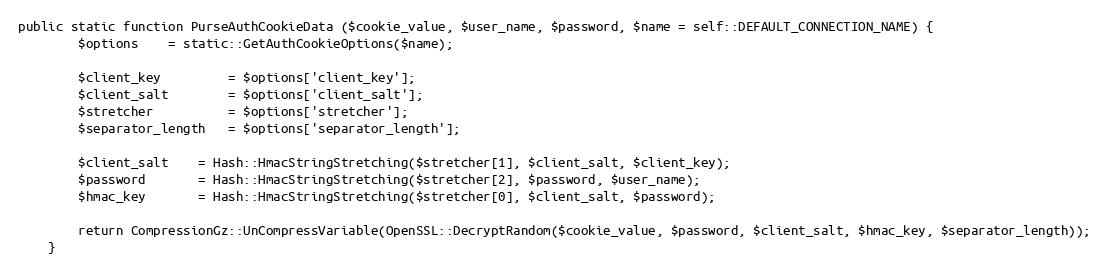
Language: PHP
public static function PurseAuthCookieData ($cookie_value, $user_name, $password, $name = self::DEFAULT_CONNECTION_NAME) {
		$options	= static::GetAuthCookieOptions($name);

		$client_key			= $options['client_key'];
		$client_salt		= $options['client_salt'];
		$stretcher			= $options['stretcher'];
		$separator_length	= $options['separator_length'];

		$client_salt	= Hash::HmacStringStretching($stretcher[1], $client_salt, $client_key);
		$password		= Hash::HmacStringStretching($stretcher[2], $password, $user_name);
		$hmac_key		= Hash::HmacStringStretching($stretcher[0], $client_salt, $password);

		return CompressionGz::UnCompressVariable(OpenSSL::DecryptRandom($cookie_value, $password, $client_salt, $hmac_key, $separator_length));
	}